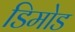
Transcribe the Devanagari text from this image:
डिमोड